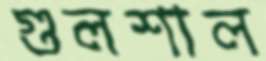
গুলশাল